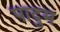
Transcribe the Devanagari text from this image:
पादुम